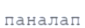
паналап